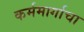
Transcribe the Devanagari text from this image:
कर्ममार्गाचा